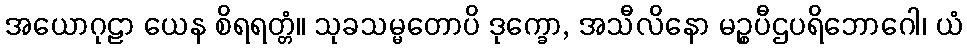
အယောဂုဠာ ယေန စိရရတ္တံ။ သုခသမ္မတောပိ ဒုက္ခော, အသီလိနော မဉ္စပီဌပရိဘောဂေါ၊ ယံ